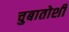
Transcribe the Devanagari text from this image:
चुबातोशी